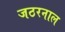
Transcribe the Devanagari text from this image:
जठरनाल